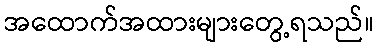
အထောက်အထားများတွေ့ရသည်။